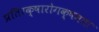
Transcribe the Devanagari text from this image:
प्रतिरक्षारोगक्षमता